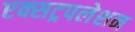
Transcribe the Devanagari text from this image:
एक्सट्रपलेशन